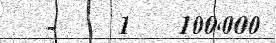
-    1   100